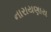
નારાયણાય